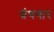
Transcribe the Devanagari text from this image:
ग्रंथगार